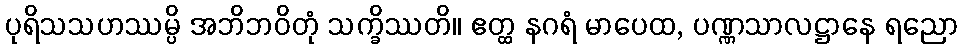
ပုရိသသဟဿမ္ပိ အဘိဘဝိတုံ သက္ခိဿတိ။ ဧတ္ထ နဂရံ မာပေထ, ပဏ္ဏသာလဋ္ဌာနေ ရညော